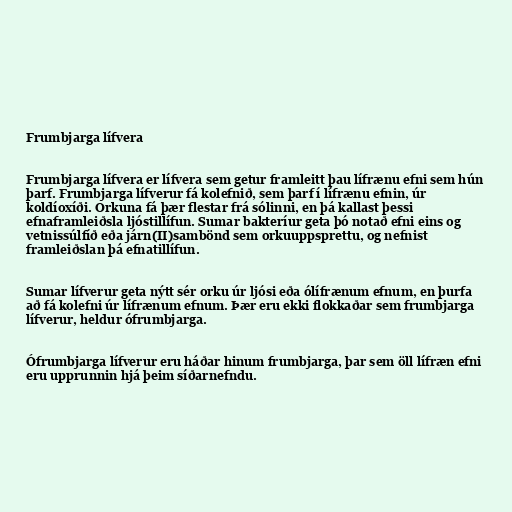
Frumbjarga lífvera

Frumbjarga lífvera er lífvera sem getur framleitt þau lífrænu efni sem hún
þarf. Frumbjarga lífverur fá kolefnið, sem þarf í lífrænu efnin, úr
koldíoxíði. Orkuna fá þær flestar frá sólinni, en þá kallast þessi
efnaframleiðsla ljóstillífun. Sumar bakteríur geta þó notað efni eins og
vetnissúlfíð eða járn(II)sambönd sem orkuuppsprettu, og nefnist
framleiðslan þá efnatillífun.

Sumar lífverur geta nýtt sér orku úr ljósi eða ólífrænum efnum, en þurfa
að fá kolefni úr lífrænum efnum. Þær eru ekki flokkaðar sem frumbjarga
lífverur, heldur ófrumbjarga.

Ófrumbjarga lífverur eru háðar hinum frumbjarga, þar sem öll lífræn efni
eru upprunnin hjá þeim síðarnefndu.